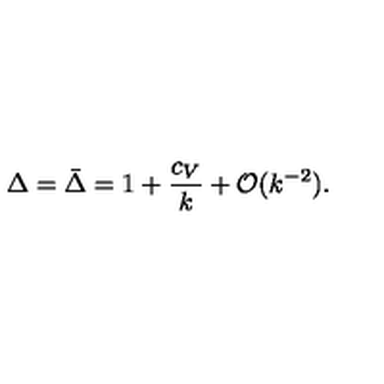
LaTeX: \Delta = \bar { \Delta } = 1 + { \frac { c _ { V } } { k } } + { \cal O } ( k ^ { - 2 } ) .